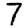
Digit: 7